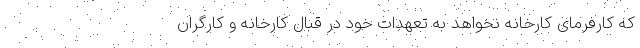
که کارفرمای کارخانه نخواهد به تعهدات خود در قبال کارخانه و کارگران